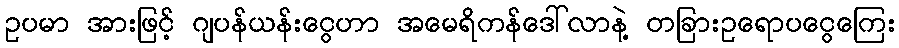
ဥပမာ အားဖြင့် ဂျပန်ယန်းငွေဟာ အမေရိကန်ဒေါ်လာနဲ့ တခြားဥရောပငွေကြေး